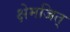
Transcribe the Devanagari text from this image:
क्षेमजित्